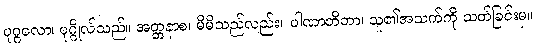
ပုဂ္ဂလော၊ ပုဂ္ဂိုလ်သည်။ အတ္တနာစ၊ မိမိသည်လည်း။ ပါဏာတိတာ၊ သူ၏အသက်ကို သတ်ခြင်းမှ။